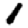
Digit: 1